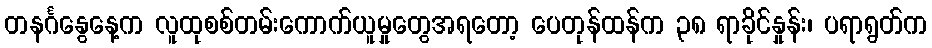
တနင်္ဂနွေနေ့က လူထုစစ်တမ်းကောက်ယူမှုတွေအရတော့ ပေတုန်ထန်က ၃၈ ရာခိုင်နှုန်း၊ ပရာရွတ်က